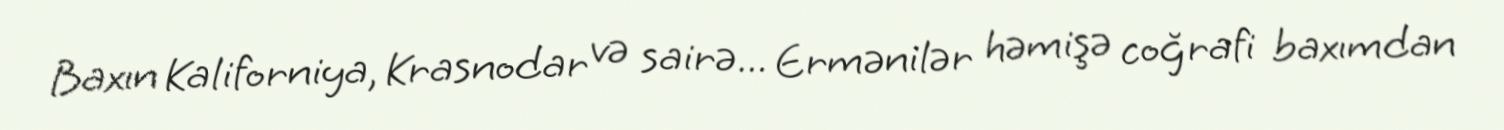
Baxın Kaliforniya, Krasnodar və sairə... Ermənilər həmişə coğrafi baxımdan